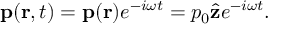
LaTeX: \mathbf { p } ( \mathbf { r } , t ) = \mathbf { p } ( \mathbf { r } ) e ^ { - i \omega t } = p _ { 0 } { \hat { \mathbf { z } } } e ^ { - i \omega t } .